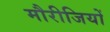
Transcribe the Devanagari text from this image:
मौरीजियों